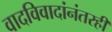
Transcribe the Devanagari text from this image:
वादविवादांनंतरही